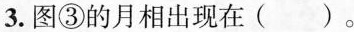
3.图③的月相出现在( )。